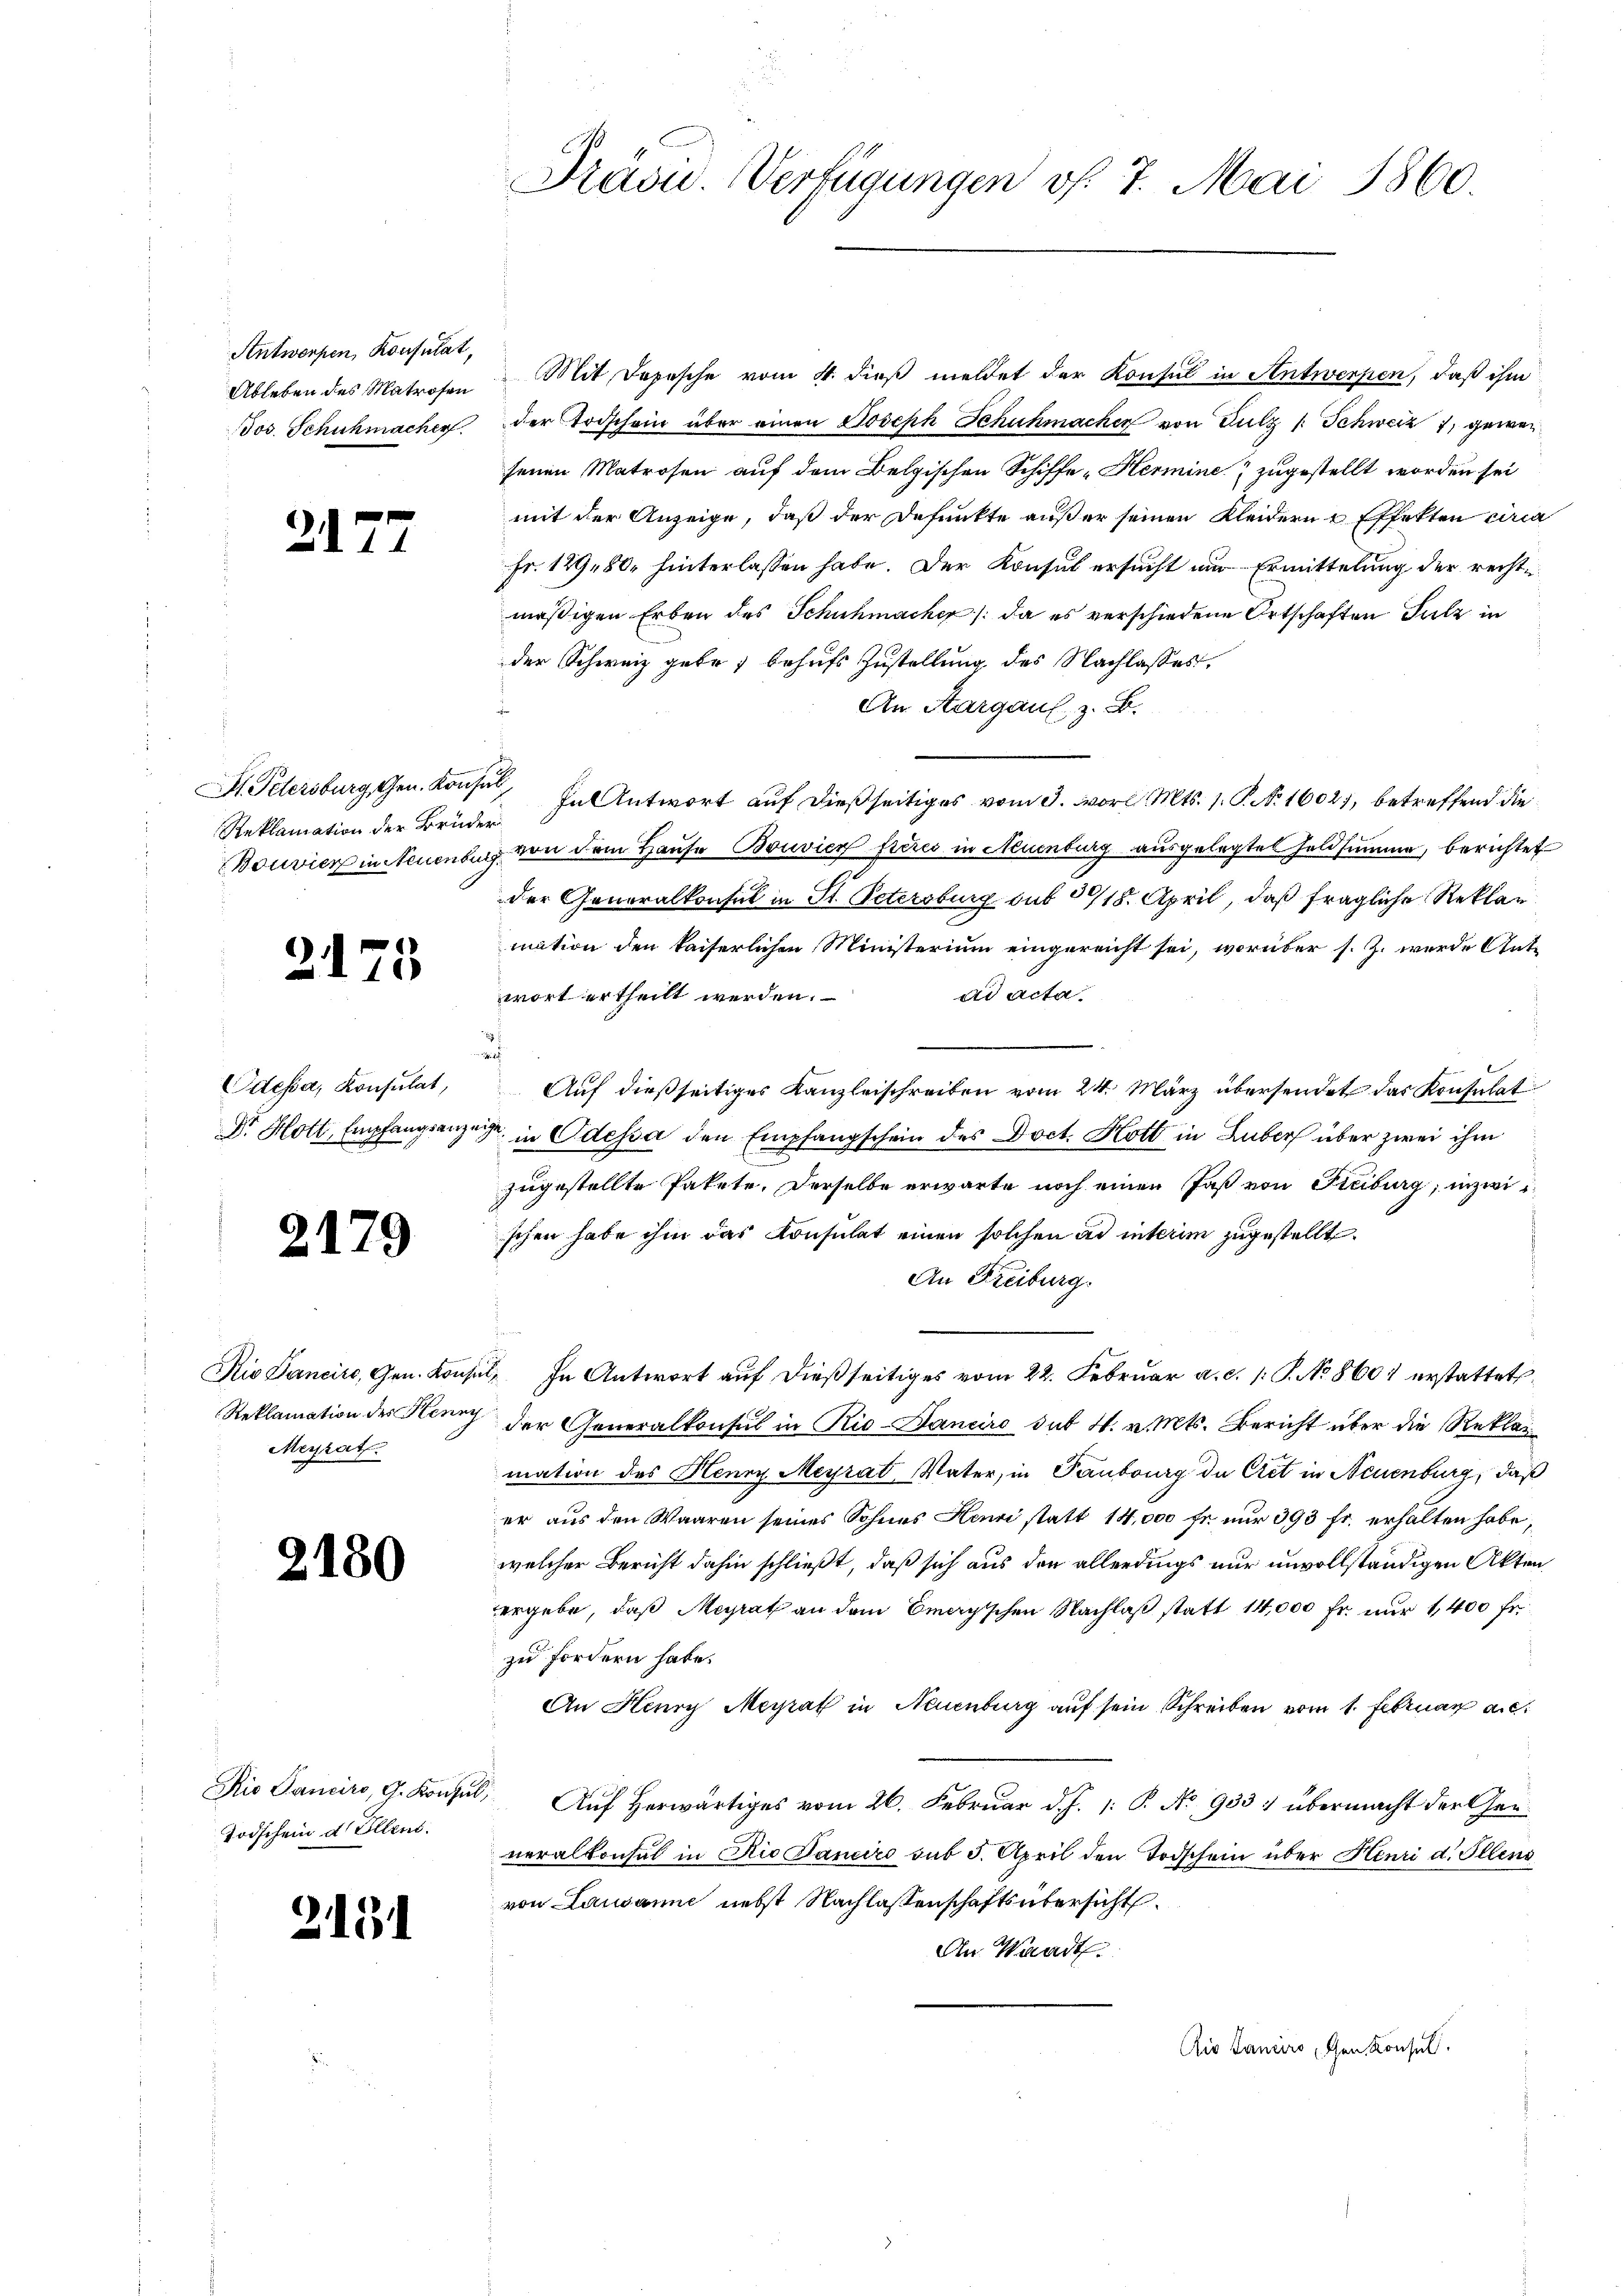
Antworfen, Konsulat,

2177

Reklamation der Brüder

2175

2179

Meyrat

2180

Todschein d Ellen.

2131

Ableben des Matrosen Mit Depesche vom 4. dieß meldet der Konsul in Antwerpen, daß ihm
Jos. Schuhmacher der Todschein über einen Joseph Schuhmacher von Sulz (Schweiz 7, gewesenen Matrosen auf dem Belgischen Schiffe-Hermine zugestellt worden sei
mit der Anzeige, daß der Defunkte außer seinen Kleidern & Effekten circa
Fr. 129. 80. hinterlassen habe. Der Konsul ersucht nur Ermittelung der rechtmäßigen Erben des Schuhmacher /: da es verschiedene Ortschaften Sulz in
der Schweiz gebe, behufs Zustellung des Nachlasses,
An Aargau, z. B.
H Petersburg, Gen. Konsen In Antwort auf dießseitiges vom 3. word. Mts. 1. P. Nr. 1602), betreffend die
Bouvier in Neuenburg von dem Hause Bouvier frères in Neuenburg ausgelegten Feldsumme, berichtet
der Generalkonsul in St. Petersburg sub 318. April, daß fragliche Reklar
mation den kaiserlichen Ministerium eingereicht sei, worüber s. Z. wurde Antad acta
wort ertheilt werden.
a
Odessa, Konsulat, Auf dießseitiges Kanzleischreiben vom 24. März übersendet das Konsulat
Dr. Hott, Empfangsanzeigt in Odessa den Empfangschein des Doct. Kott in Luber über zwei ihm
zugestellte Pakete. Derselbe erwarte noch einen Faß von Freiburg, inzwischen habe ihm das Konsulat einen solchen ad interim zugestellt.
An Freiburg.
Kio Sancire, Gen. Konsul, In Antwort auf dießseitiges vom 22. Februar a. c. 1: P. No 8601 erstattet.
Reklamation der Henry der Generalkonsul in Rio-Danciro sub N. v. Mts. Bericht über die Reklag
mation des Henry Meyrat, Vater, in Taubourg de Cret in Neuenburg, daß
er aus den Waaren seines Sohnes Henri statt 14,000 fr. nur 393 fr. erhalten habe,
welcher Bericht dahin schließt, daß sich aus den allerdings nur unvollständigen Akten
ergebe, daß Meyrath an dem Emeyischen Nachlaß statt 14,000 Fr. nur 1400 fr.
zu fordern habe.
An Henry Meyrat in Neuenburg auf sein Schreiben vom 1. Februar a.c.
Rio Sanciro, G. Konsul, Auf herwärtiges vom 26. Februar d. J. 1. P. No. 933 & übermacht der Gerneralkonsul in Rio Sanciro sub 5. April den Todschein über Henri d. Ellens
von Lausanne nebst Nachlassenschaftsübersicht.
An Waadt.
Ais Lanciro chen Konsul

Präsid. Verfügungen v. 7. Mai 1860.